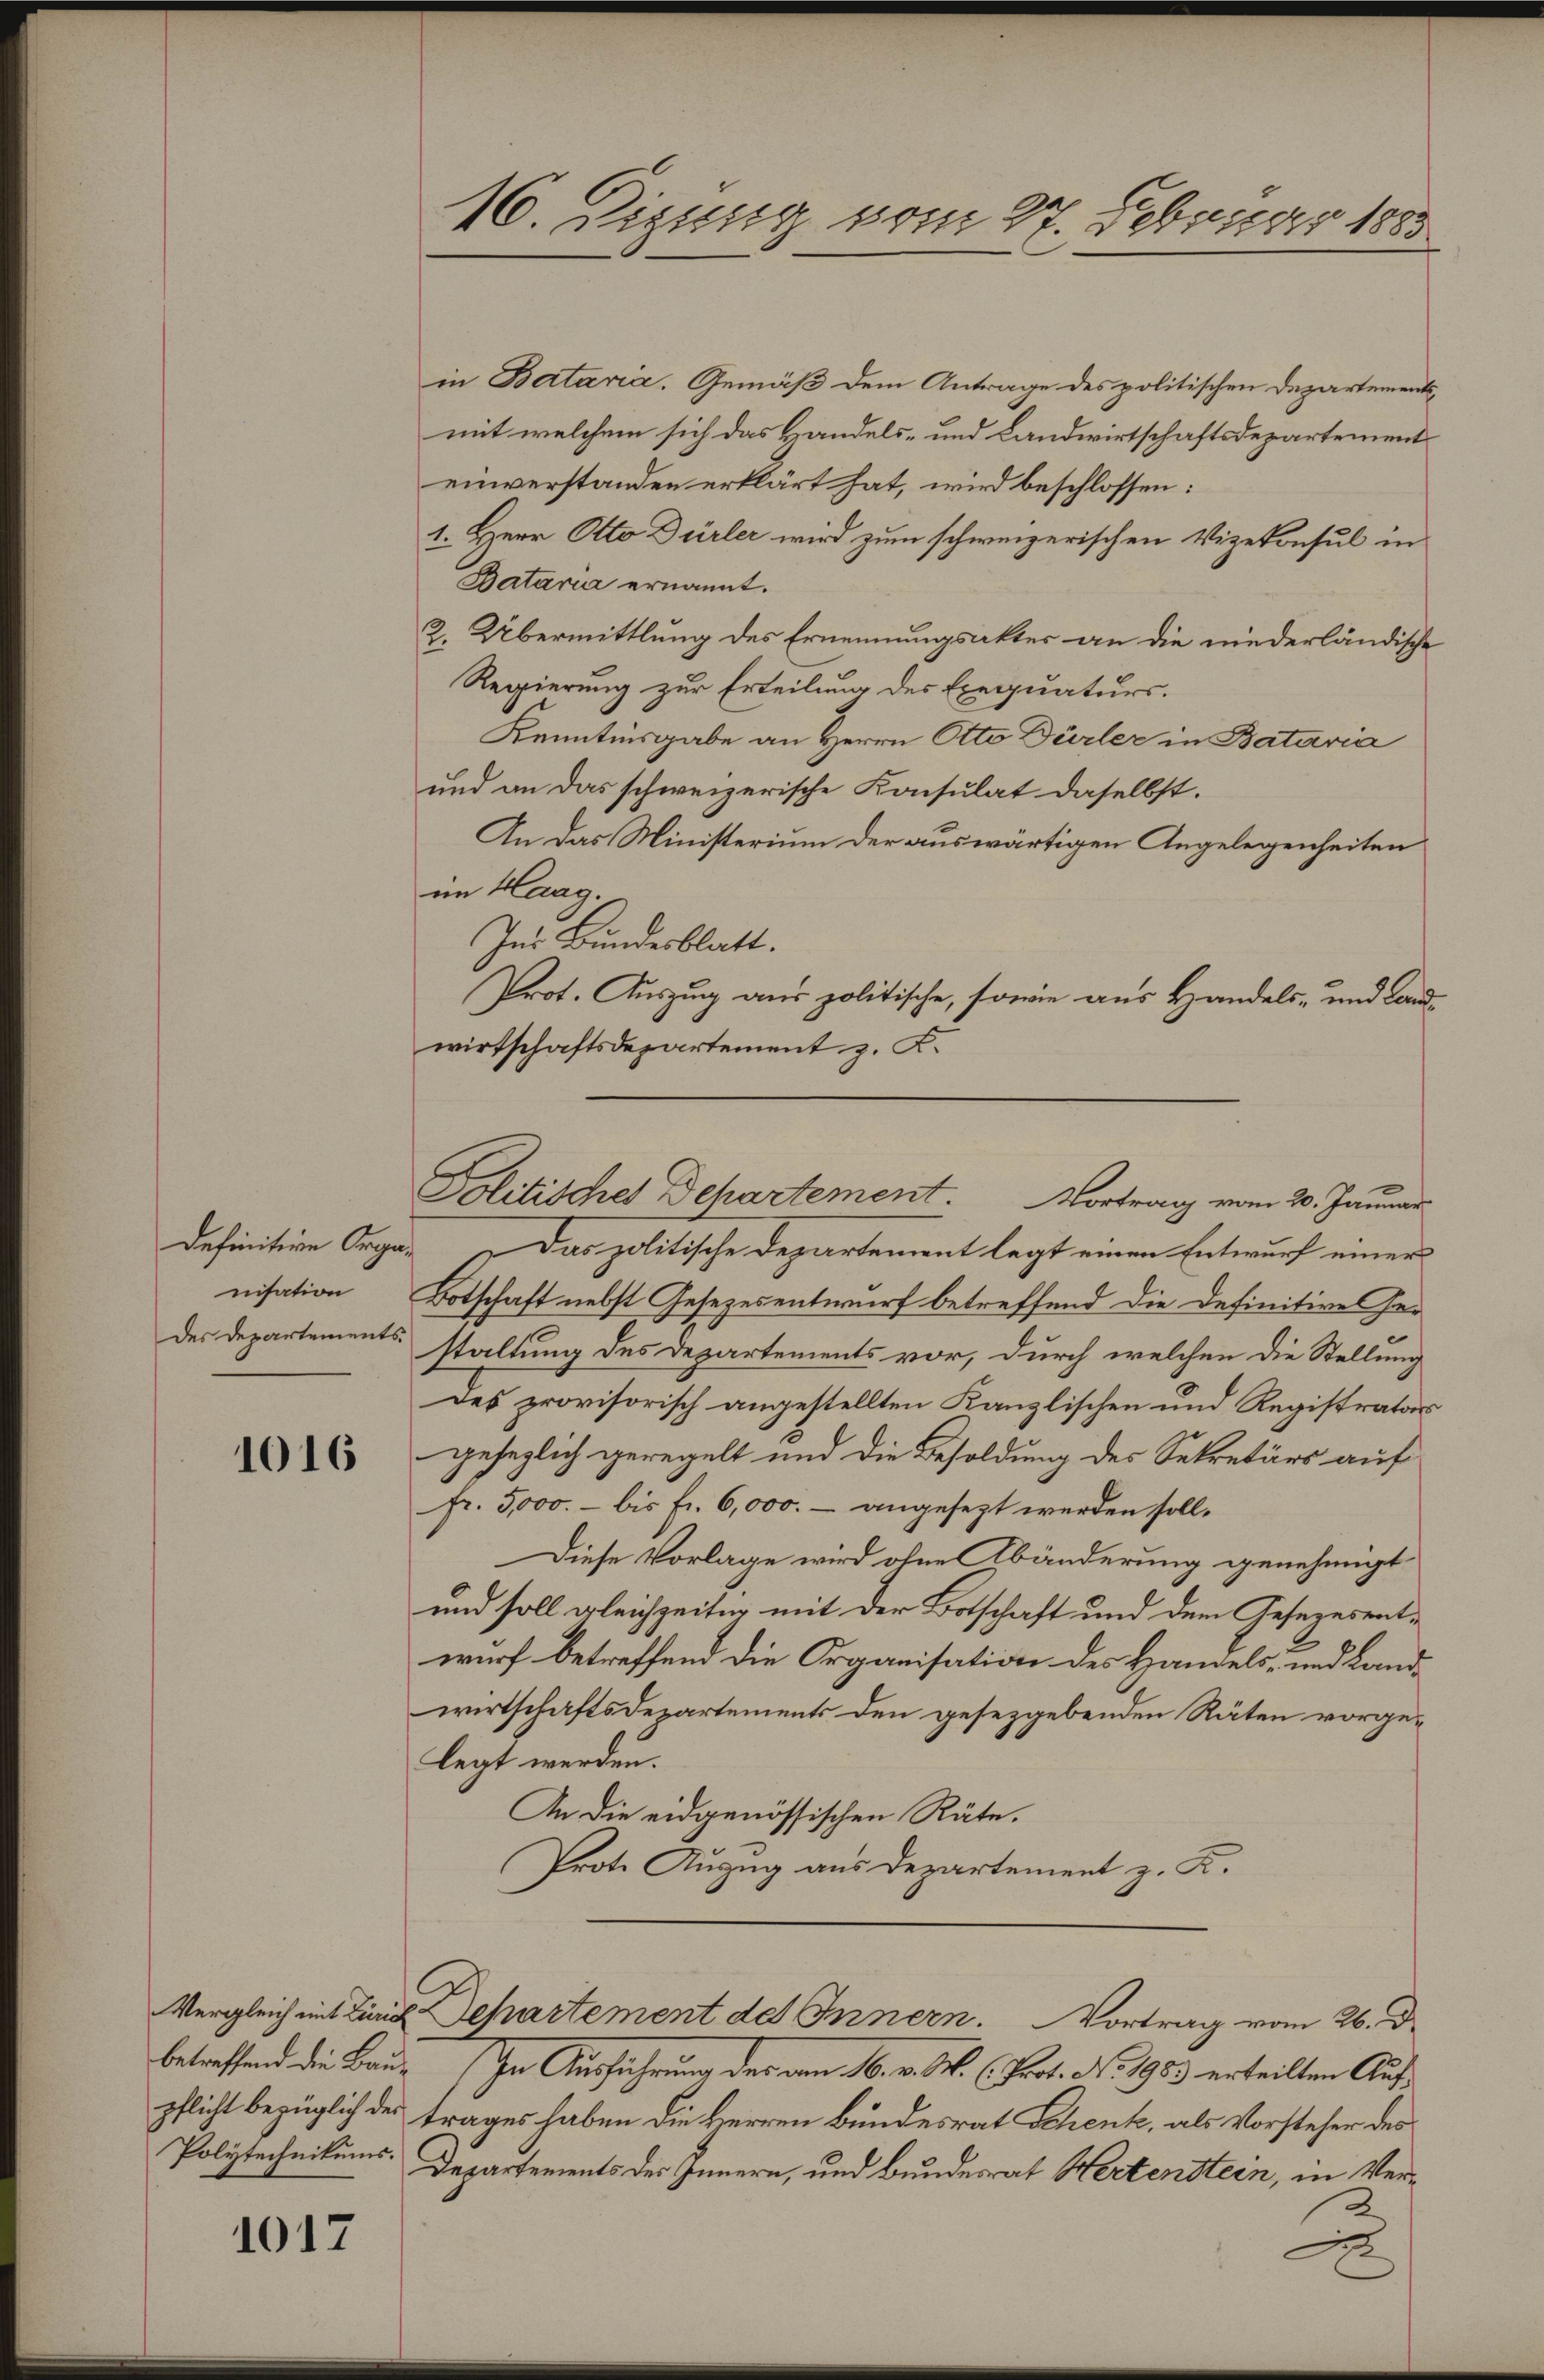
definitive Organisation
des Departements

1016

betreffend die Bau¬

1017

16. Digung vom 27. Februar 1883

in Bataria. Gemäß dem Antrage des politischen Departementsmit welchem sich das Handels- und Landwirtschaftsdepartement
einverstanden erklärt hat, wird beschlossen:
1. Herr Otto Dürler wird zum schweizerischen Vizekonsul in
Bataria ernannt.
2. Übermittlung des Ernennungsakter an die niederländische
Regierung zur Erteilung des Exequaturs.
Kenntnisgabe an Herrn Otto Dürler in Bataria
und an das schweizerische Konsulat daselbst.
An das Ministerium der auswärtigen Angelegenheiten
im Haag.
Ins Bundesblatt.
Prot. Auszug aus politische, sowie aus Handels- und Landwirtschaftsdepartement z. K.
Politisches Departement.
Vortrag vom 20. Januar
Das politische Departement legt einen Entwurf einer
Botschaft nebst Gesezesentwurf betreffend die Definitive Ger
staltung des Departements vor, durch welchen die Stellung
des provisorisch angestellten Kanzlischen und Registrator
gesezlich geregelt und die Besoldung des Sekretärs auf
fr. 5,000. - bis fr. 6,000.- angesezt werden soll.
Diese Vorlage wird ohne Abänderung genehmigt
und soll gleichzeitig mit der Botschaft und dem Gesezesent-
wurf betreffend die Organisation des Handels- und Landwirtschaftsdepartements den gesezgebenden Räten vorgelegt werden.
An die eidgenössischen Räte.
Prote Anzug aus Departement z. K.

In Ausführung der am 16. v. M. (Prot. No 95. erteilten Aufpflicht bezüglich des trages haben die Herren Bundesrat Schenk, als Vorsteher des
Polytechnikums. Departements des Innern, und Bundesrat Hertenstein, in Ver¬
2.
x

Vergleich mit Linie Departement des Innern. Vortrag vom 26. d.